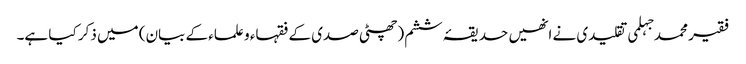
فقیر محمد جہلمی تقلیدی نے انھیں حدیقۂ ششم (چھٹی صدی کے فقہاء و علماء کے بیان) میں ذکر کیا ہے۔